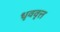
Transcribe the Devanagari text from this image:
धृववृत्त